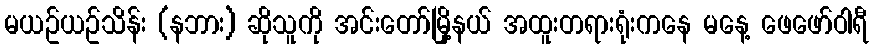
မယဥ်ယဥ်သိန်း (နဘား) ဆိုသူကို အင်းတော်မြို့နယ် အထူးတရားရုံးကနေ မနေ့ ဖေဖော်ဝါရီ